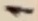
Text: 1